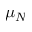
\mu _ { N }